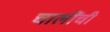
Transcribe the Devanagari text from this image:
चालींची